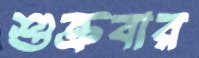
শুক্রবার